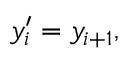
y _ { i } ^ { \prime } = y _ { i + 1 } ,